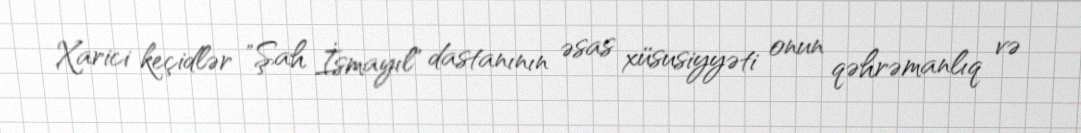
Xarici keçidlər "Şah İsmayıl" dastanının əsas xüsusiyyəti onun qəhrəmanlıq və